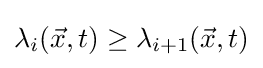
\lambda _{i}({\vec {x}},t)\geq \lambda _{i+1}({\vec {x}},t)